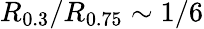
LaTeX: R_{0.3}/R_{0.75}\sim 1/6